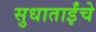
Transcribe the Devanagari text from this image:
सुधाताईंचे